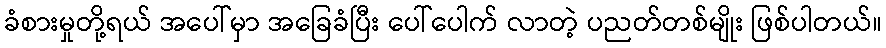
ခံစားမှုတို့ရယ် အပေါ်မှာ အခြေခံပြီး ပေါ်ပေါက် လာတဲ့ ပညတ်တစ်မျိုး ဖြစ်ပါတယ်။